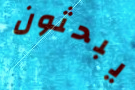
يبحثون